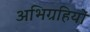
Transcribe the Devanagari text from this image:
अभिग्रहियों